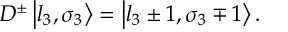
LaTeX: D ^ { \pm } \left| l _ { 3 } , \sigma _ { 3 } \right\rangle = \left| l _ { 3 } \pm 1 , \sigma _ { 3 } \mp 1 \right\rangle .